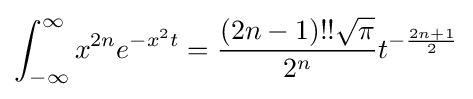
\int _{-\infty }^{\infty }x^{2n}e^{-x^{2}t}={\frac {(2n-1)!!{\sqrt {\pi }}}{2^{n}}}t^{-{\frac {2n+1}{2}}}